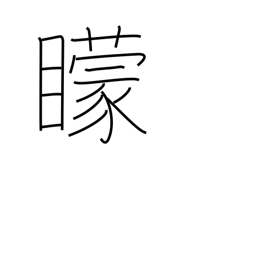
Meaning: blind